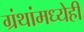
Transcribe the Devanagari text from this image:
ग्रंथांमध्येही